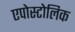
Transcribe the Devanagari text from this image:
एपोस्टोलिक